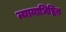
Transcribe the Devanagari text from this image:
न्यायाधिष्ठित